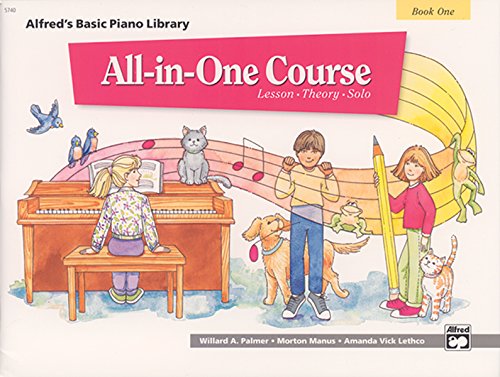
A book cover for All-in-One Course for Children: Lesson, Theory, Solo, Book 1 (Alfred's Basic Piano Library); Morton Manus; Humor & Entertainment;